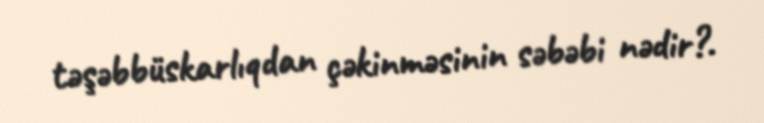
təşəbbüskarlıqdan çəkinməsinin səbəbi nədir?.